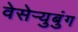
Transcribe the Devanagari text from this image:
वेसेऱ्युबुंग